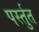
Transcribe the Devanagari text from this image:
पर्स्तुत